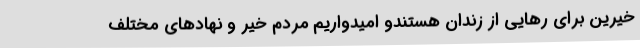
خیرین برای رهایی از زندان هستندو امیدواریم مردم خیر و نهادهای مختلف